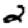
Digit: 2